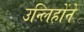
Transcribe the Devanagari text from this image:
उन्लिहोंने